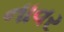
નાવર